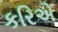
કરિએ